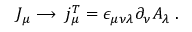
\, J _ { \mu } \longrightarrow \; j _ { \mu } ^ { T } = \epsilon _ { \mu \nu \lambda } \partial _ { \nu } A _ { \lambda } \; .